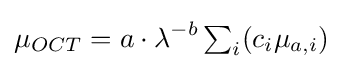
\mu _{OCT}=a\cdot \lambda ^{-b}\textstyle \sum _{i}\displaystyle (c_{i}\mu _{a,i})